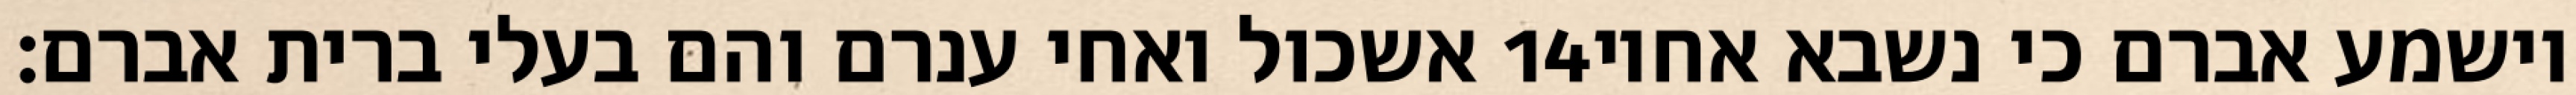
אשכול ואחי ענרם והם בעלי ברית אברם׃ ‎14‏ וישמע אברם כי נשבא אחיו